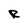
Character: R